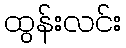
ထွန်းလင်း